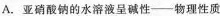
A. 亚硝酸钠的水溶液呈碱性——物理性质